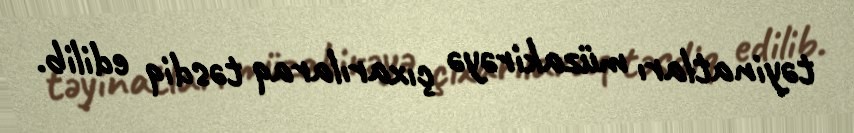
təyinatları müzakirəyə çıxarılaraq təsdiq edilib.